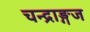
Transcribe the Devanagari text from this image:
चन्द्राङ्गज